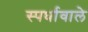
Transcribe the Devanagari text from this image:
स्पर्धावाले